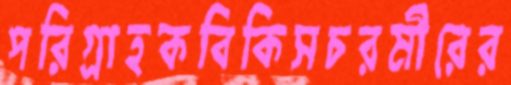
পরিগ্রাহকবিকিসচরমীরের